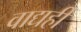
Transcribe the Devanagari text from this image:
वाद्यही